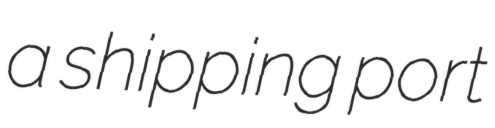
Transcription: a shipping port